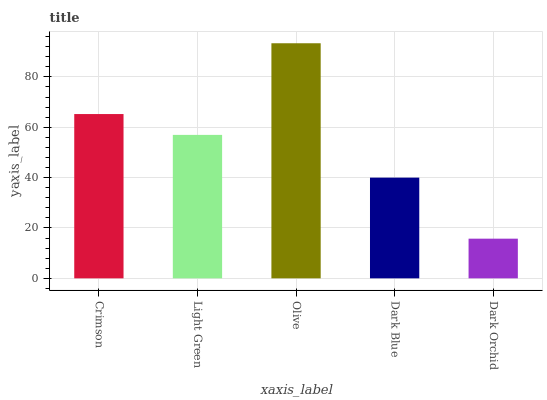
| xaxis_label | bars |
 | --- | --- |
 | Crimson | 65.2 |
 | Light Green | 57 |
 | Olive | 93.4 |
 | Dark Blue | 40 |
 | Dark Orchid | 15.8 |